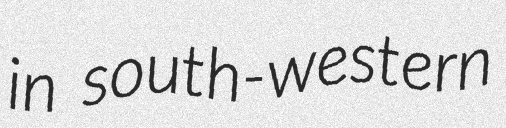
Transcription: in south-western